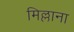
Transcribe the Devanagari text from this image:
मिल्लाना